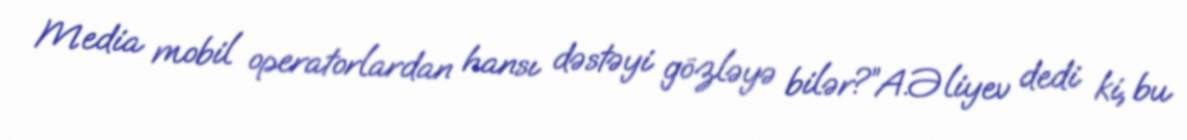
Media mobil operatorlardan hansı dəstəyi gözləyə bilər?”A.Əliyev dedi ki, bu